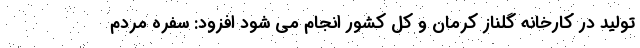
تولید در کارخانه گلناز کرمان و کل کشور انجام می شود افزود: سفره مردم